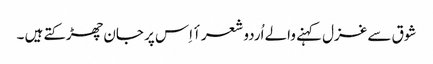
شوق سے غزل کہنے والے اُردو شعرأ اِس پر جان چھڑکتے ہیں ۔